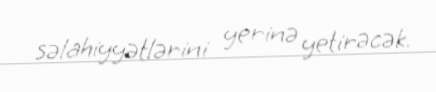
səlahiyyətlərini yerinə yetirəcək.